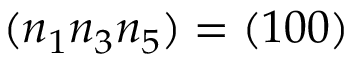
( n _ { 1 } n _ { 3 } n _ { 5 } ) = ( 1 0 0 )